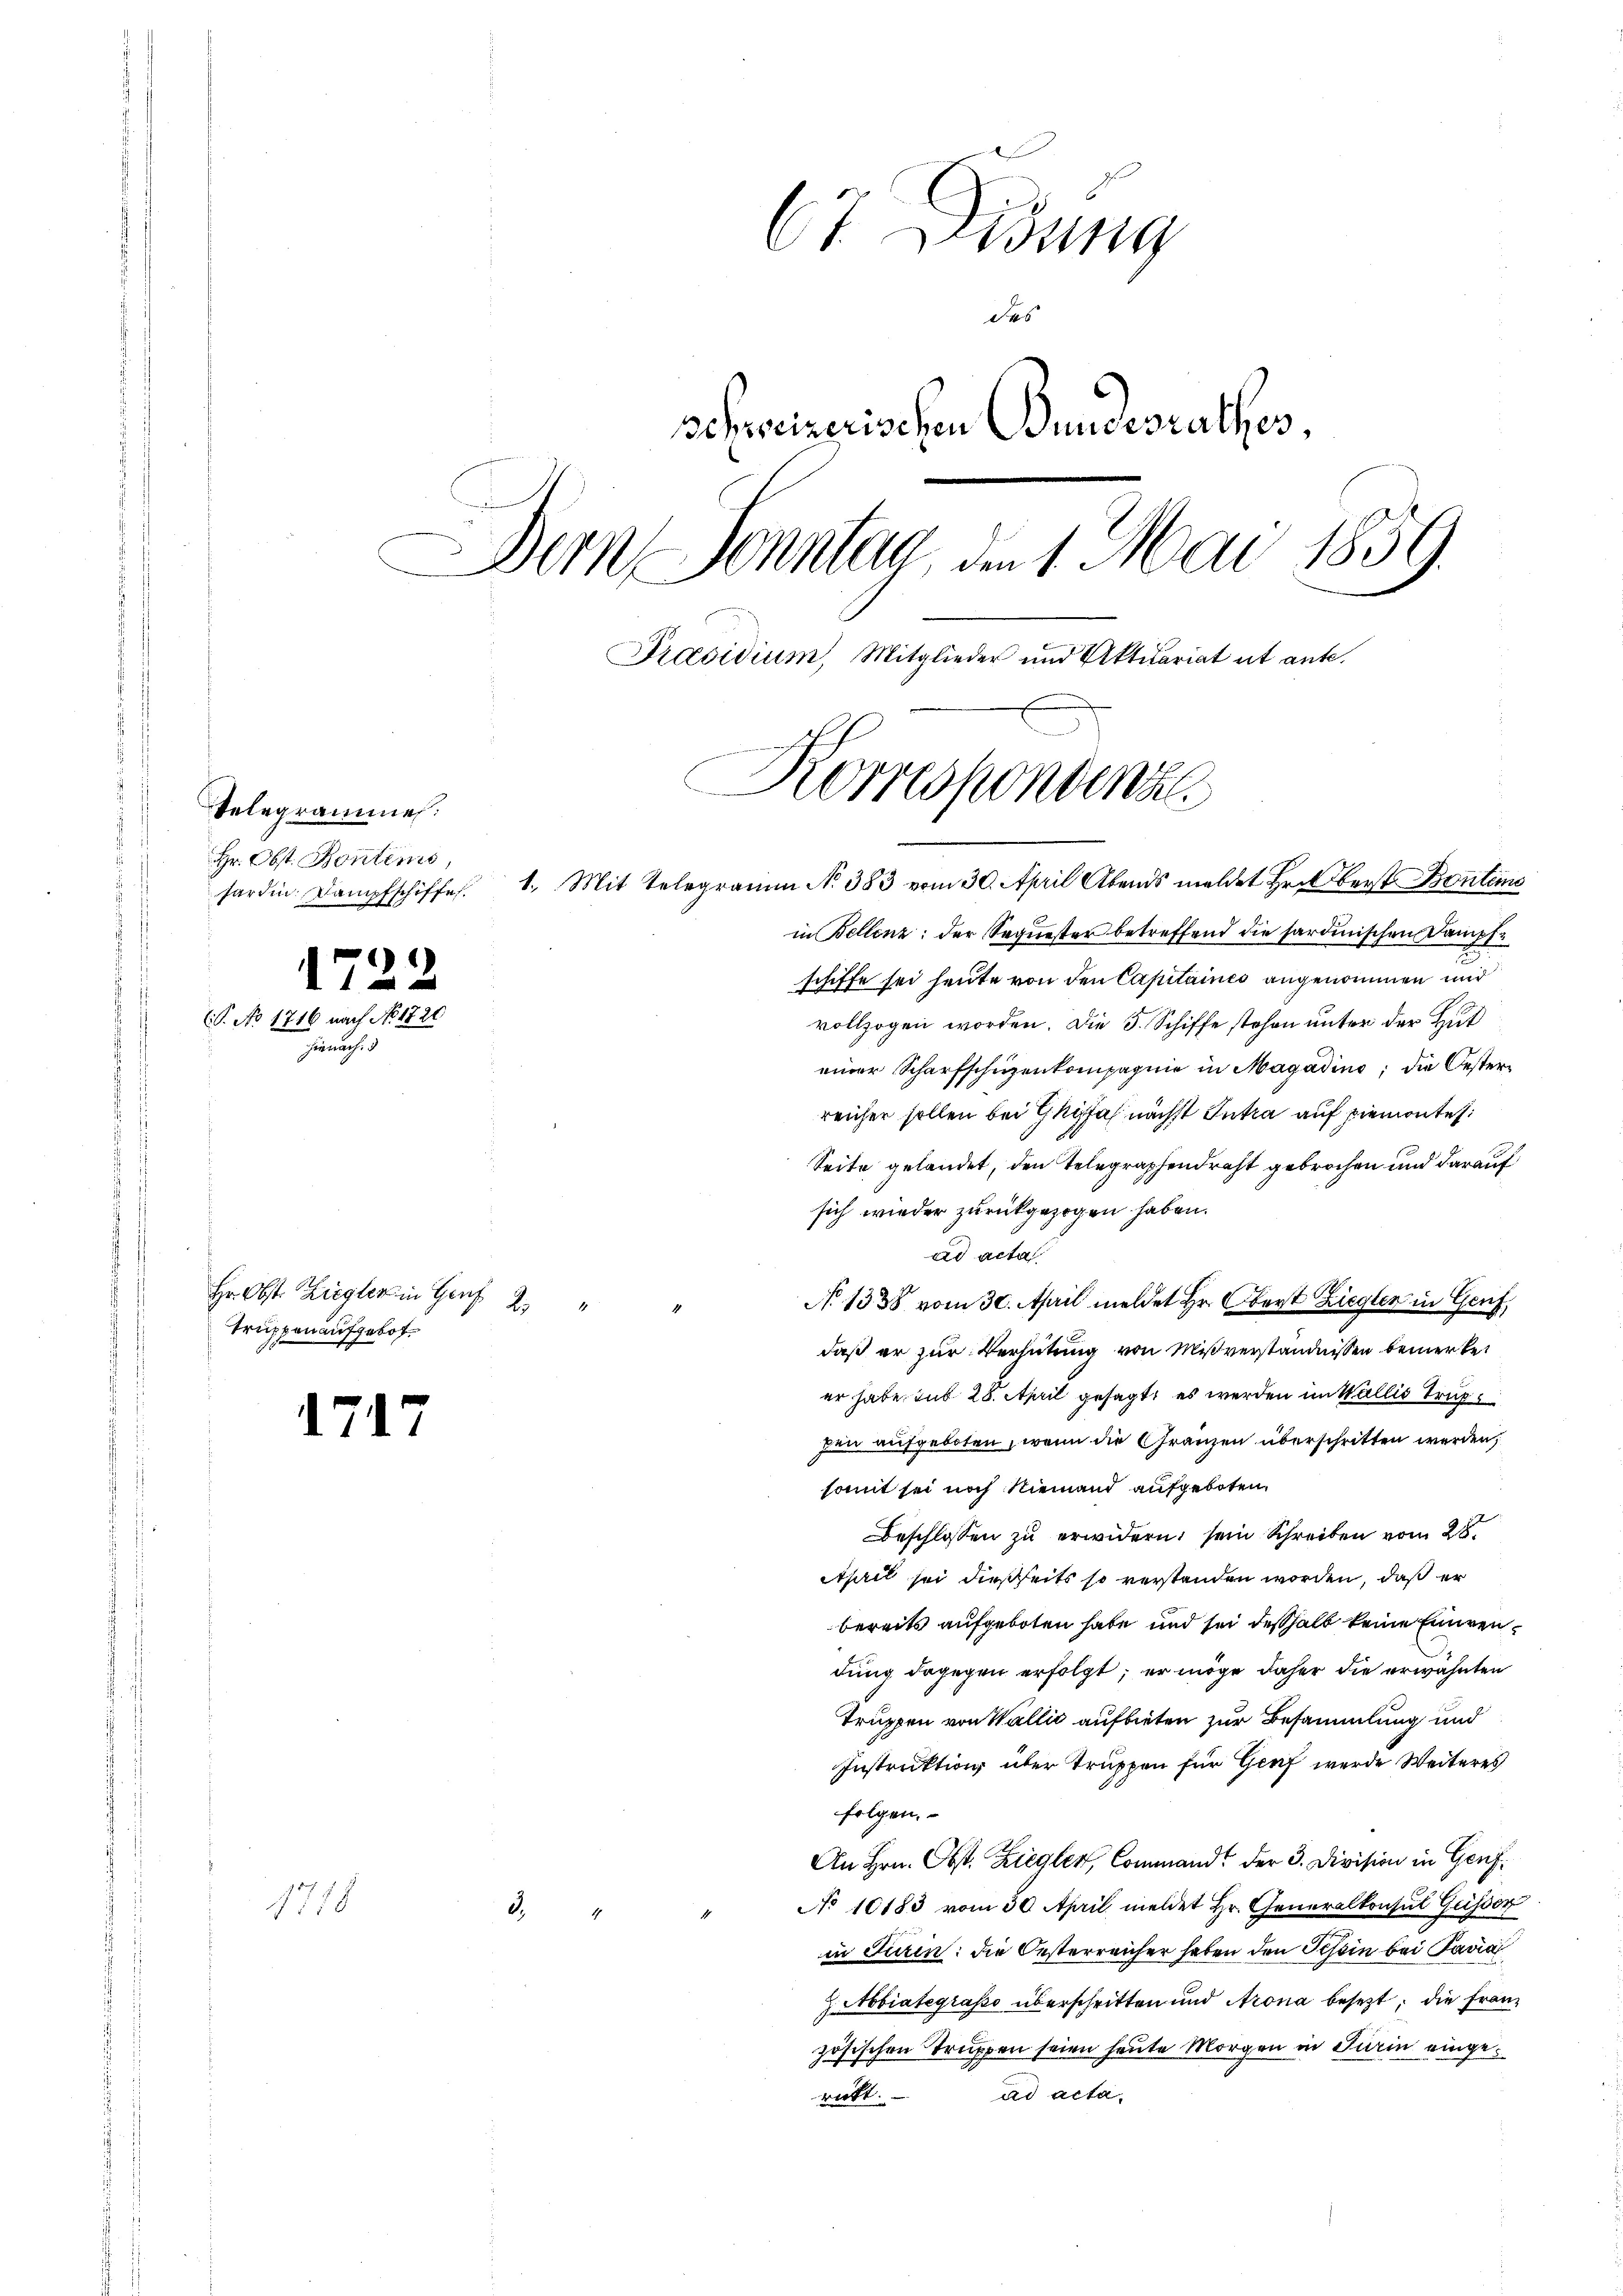
Telegrammen.
Hr. Obst. Bontems,
hardin. Dampfschiffes.

.

1
172.
(P. No 1716 nach No. 1720
5

Hr. Obst. Ziegler in Genf 2
Truppen aufgebot¬

1717

1758

67. Lesung
des
schreizerischen Bundesrathes,
Dem Sonntag, den 1. Mai 1859.
Präsidium, Mitglieder und Aktuariat et ante.

in Bellenz der Sequester betreffend die sardinischen Dampfschiffe sei heute von den Capitaines angenommen und
vollzogen worden. Die 3. Schiffe stehen unter der Hut
einer Scharfschuzenkompagnie in Magadins; die Oesterreicher sollen bei Ghiffa nächst Intra auf Piemontes:
Seite gelandet, den Telegraphendraht gebrochen und darauf
sich wieder zurückgezogen haben.
ad acta.
No 1338 vom 30. April meldet Hr. Oberst Ziegler in Genf,
1
daß er zur Verhütung von Mißverständnissen bemerket
er habe sub 28. April gesagt, es werden im Wallis Trup
pen aufgeboten, wenn die Gränzen überschritten werden,
somit sei noch niemand aufgeboten,
Beschlossen zu erwidern, sein Schreiben vom 28.
April sei dießseits so verstanden worden, daß er
bereits aufgeboten habe und sei deßhalb keine Einwendung dagegen erfolgt; er möge daher die erwähnten
Truppen von Wallić aufbieten zur Besammlung und
Instruktion über Truppen für Genf wurde Weiteres
folgen.
An Hrn. Obst. Ziegler, Command der 3. Division in Genf.
No 10183 vom 30. April meldet Hr. Generalkonsul Gusser
d.4
in Turin: die Oesterreicher haben den Tessin bei Pavia
 Abintegraso überschritten und Arona besezt; die Französischen Truppen seien heute Morgen in Turin eingead acta.
rückt.

Korrespondina
1. Mit Telegramm N. 383 vom 30. April Abends meldet Hr. Oberst Bontes